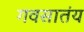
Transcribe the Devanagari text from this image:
गवसातंय